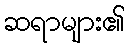
ဆရာများ၏